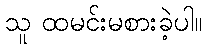
သူ ထမင်းမစားခဲ့ပါ။